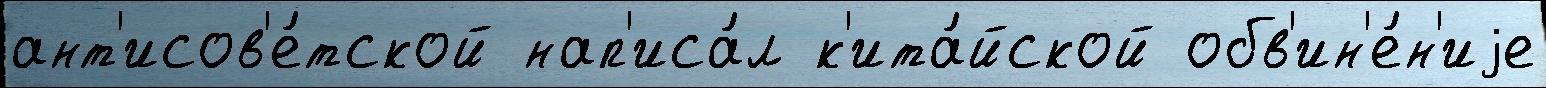
ант'исов'е́тской нап'иса́л к'ита́йской обв'ин'е́н'иjе